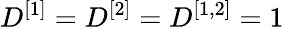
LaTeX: D^{[1]}=D^{[2]}=D^{[1,2]}=1